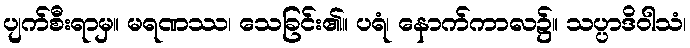
ပျက်စီးရာမှ။ မရဏဿ၊ သေခြင်း၏။ ပရံ၊ နောက်ကာလ၌။ သပ္ပာဒိဝါသံ၊